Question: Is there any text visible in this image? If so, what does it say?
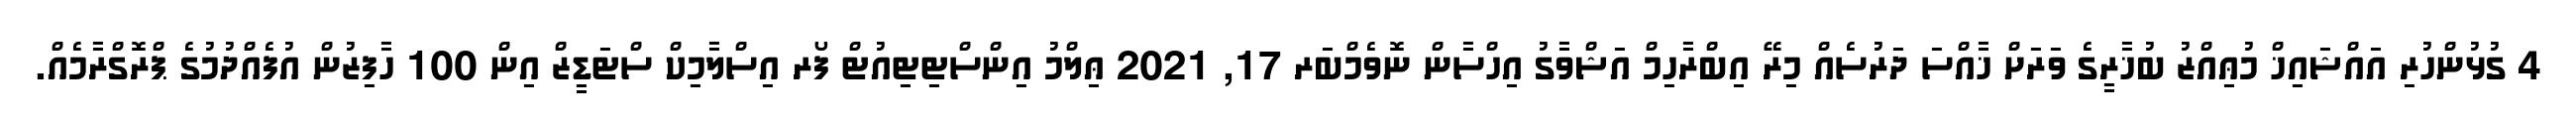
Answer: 4 ގުޅުންހުރި އައްޝައިޚް މުޢިއްޒު ބުޚާރީގެ ވަރަށް ޚާއްސަ ދަރުސެއް މިރޭ އިބްރާހިމް އަޝްވާގު އިހްސާން ނޮވެމްބަރ 17, 2021 ޢިލްމު އިންސްޓިޓިއުޓް ފޯރ އިސްލާމިކް ސްޓަޑީޒް އިން 100 ހާފިޒުން އުފެއްދުމުގެ ޕްރޮގްރާމެއް.